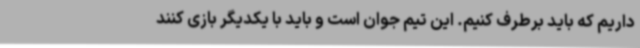
داریم که باید برطرف کنیم. این تیم جوان است و باید با یکدیگر بازی کنند